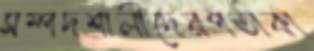
সম্পদশালীদেরপতাকা